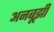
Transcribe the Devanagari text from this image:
अनबूझी